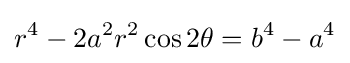
r^{4}-2a^{2}r^{2}\cos 2\theta =b^{4}-a^{4}